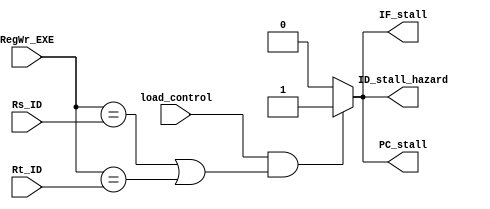
module Hazard_Detection_Unit( 
	output reg IF_stall,
	output reg PC_stall,
	output reg ID_stall_hazard,
	input [4:0]Rt_ID,
	input [4:0]Rs_ID,
	input [4:0]RegWr_EXE,
	input load_control
);

initial begin 
IF_stall = 0;
PC_stall = 0;
ID_stall_hazard = 0;
end 

always@(*)begin
if((load_control) && (RegWr_EXE == Rs_ID || RegWr_EXE == Rt_ID)) begin

IF_stall = 1;
PC_stall = 1;
ID_stall_hazard = 1;

end
else begin 
IF_stall = 0;
PC_stall = 0;
ID_stall_hazard = 0;
end 

end

endmodule